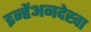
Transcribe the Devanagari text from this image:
इन्हेंअनदेखा